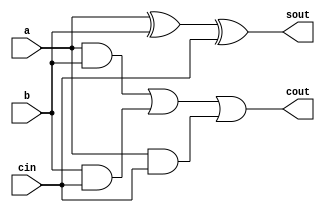
// This program was cloned from: https://github.com/ekb0412/100DaysofRTL
// License: Apache License 2.0

`timescale 1ns / 1ps

module full_adder(
    input a, b, cin,
    output sout, cout
    );
    assign sout = a^b^cin;
    assign cout = (a&b) | (b&cin) | (a&cin);
endmodule

module parallel_adder(
    input [3:0] A, B,
    input carry_in,
    output [3:0] sum,
    output carry
    );
    wire [2:0] c;
    full_adder fa1(A[0], B[0], carry_in, sum[0], c[0]);
    full_adder fa2(A[1], B[1], c[0], sum[1], c[1]);
    full_adder fa3(A[2], B[2], c[1], sum[2], c[2]);
    full_adder fa4(A[3], B[3], c[2], sum[3], carry);
    
endmodule